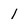
Character: 1